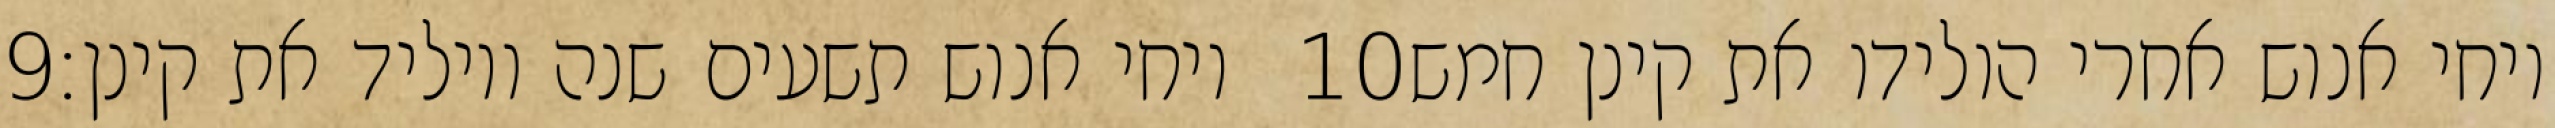
‎9‏ ויחי אנוש תשעים שנה ויוליד את קינן׃ ‎10‏ ויחי אנוש אחרי הולידו את קינן חמש